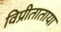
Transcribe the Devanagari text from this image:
विप्रीताताया